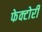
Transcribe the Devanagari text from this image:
फेक्टोरी